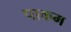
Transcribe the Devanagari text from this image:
पाकम